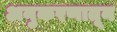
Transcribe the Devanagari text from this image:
अनुकरणातून